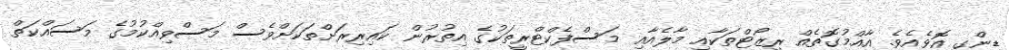
ޑިންގީ އޮވެއެވެ. އާއްމުގޮތެއް ރިޒޯޓްތަކާއި މާލެއާއި މަސްފެކްޓްރީތަކުގެ އިތުރުން ކައިރިރަށްތަކަށްވެސް މަސްވިއްކުމުގެ މަސައްކަތް